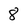
Character: 8